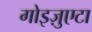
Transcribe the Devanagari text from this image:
गोइज़ुएटा